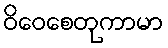
ဝိဝေစေတုကာမာ